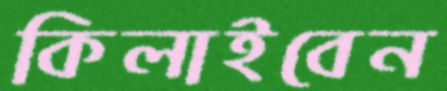
কিলাইবেন